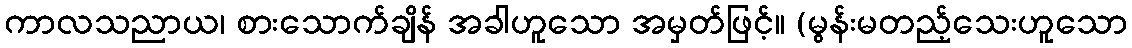
ကာလသညာယ၊ စားသောက်ချိန် အခါဟူသော အမှတ်ဖြင့်။ (မွန်းမတည့်သေးဟူသော